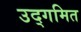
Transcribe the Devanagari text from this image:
उद्गमित